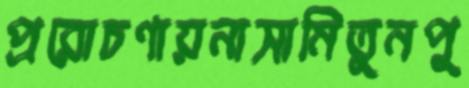
প্ররোচণায়নাসামিতুনপু